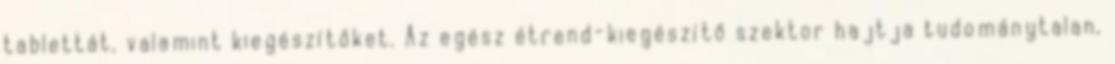
tablettát, valamint kiegészítőket. Az egész étrend-kiegészítő szektor hajtja tudománytalan,